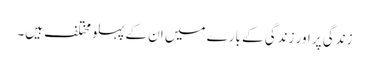
زندگی پر اور زندگی کے بارے میں ان کے پہلو مختلف ہیں۔